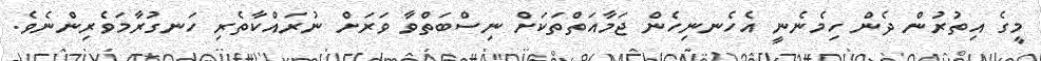
މީގެ އިތުރުން ދެން ހިމެނެނީ އެހެނނިހެން ޖަމާއަތްތަކަށް ނިސްބަތްވާ ވަރަށް ނުރައްކާތެރި ހަނގުރާމަވެރިންނެވެ.